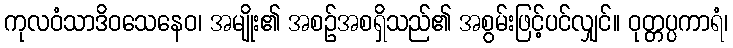
ကုလဝံသာဒိဝသေနေဝ၊ အမျိုး၏ အစဉ်အစရှိသည်၏ အစွမ်းဖြင့်ပင်လျှင်။ ဝုတ္တပ္ပကာရံ၊